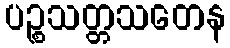
ပဉ္စသတ္တသတေန